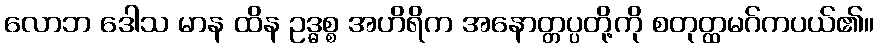
လောဘ ဒေါသ မာန ထိန ဥဒ္ဓစ္စ အဟိရိက အနောတ္တပ္ပတို့ကို စတုတ္ထမဂ်ကပယ်၏။